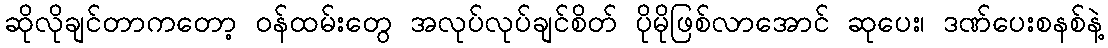
ဆိုလိုချင်တာကတော့ ဝန်ထမ်းတွေ အလုပ်လုပ်ချင်စိတ် ပိုမိုဖြစ်လာအောင် ဆုပေး၊ ဒဏ်ပေးစနစ်နဲ့